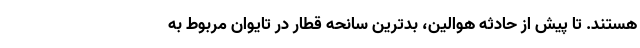
هستند. تا پیش از حادثه هوالین، بدترین سانحه قطار در تایوان مربوط به